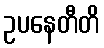
ဥပနေတီတိ